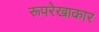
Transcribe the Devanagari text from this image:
रूपरेखाकार